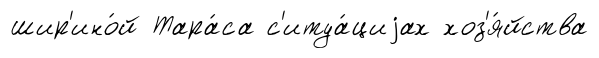
шир'ино́й Тара́са с'итуа́циjах хоз'я́йства